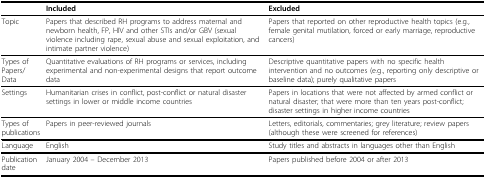
<table><thead><tr><td></td><td><b>Included</b></td><td><b>Excluded</b></td></tr></thead><tbody><tr><td>Topic</td><td>Papers that described RH programs to address maternal and newborn health, FP, HIV and other STIs and/or GBV (sexual violence including rape, sexual abuse and sexual exploitation, and intimate partner violence)</td><td>Papers that reported on other reproductive health topics (e.g., female genital mutilation, forced or early marriage, reproductive cancers)</td></tr><tr><td>Types of Papers/ Data</td><td>Quantitative evaluations of RH programs or services, including experimental and non-experimental designs that report outcome data</td><td>Descriptive quantitative papers with no specific health intervention and no outcomes (e.g., reporting only descriptive or baseline data); purely qualitative papers</td></tr><tr><td>Settings</td><td>Humanitarian crises in conflict, post-conflict or natural disaster settings in lower or middle income countries</td><td>Papers in locations that were not affected by armed conflict or natural disaster; that were more than ten years post-conflict; disaster settings in higher income countries</td></tr><tr><td>Types of publications</td><td>Papers in peer-reviewed journals</td><td>Letters, editorials, commentaries; grey literature; review papers (although these were screened for references)</td></tr><tr><td>Language</td><td>English</td><td>Study titles and abstracts in languages other than English</td></tr><tr><td>Publication date</td><td>January 2004 – December 2013</td><td>Papers published before 2004 or after 2013</td></tr></tbody></table>